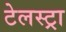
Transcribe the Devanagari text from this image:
टेलस्ट्रा